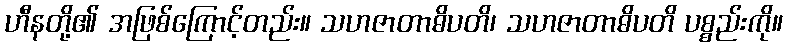
ဟီနတို့၏ အဖြစ်ကြောင့်တည်း။ သဟဇာတာဓိပတိ၊ သဟဇာတာဓိပတိ ပစ္စည်းကို။